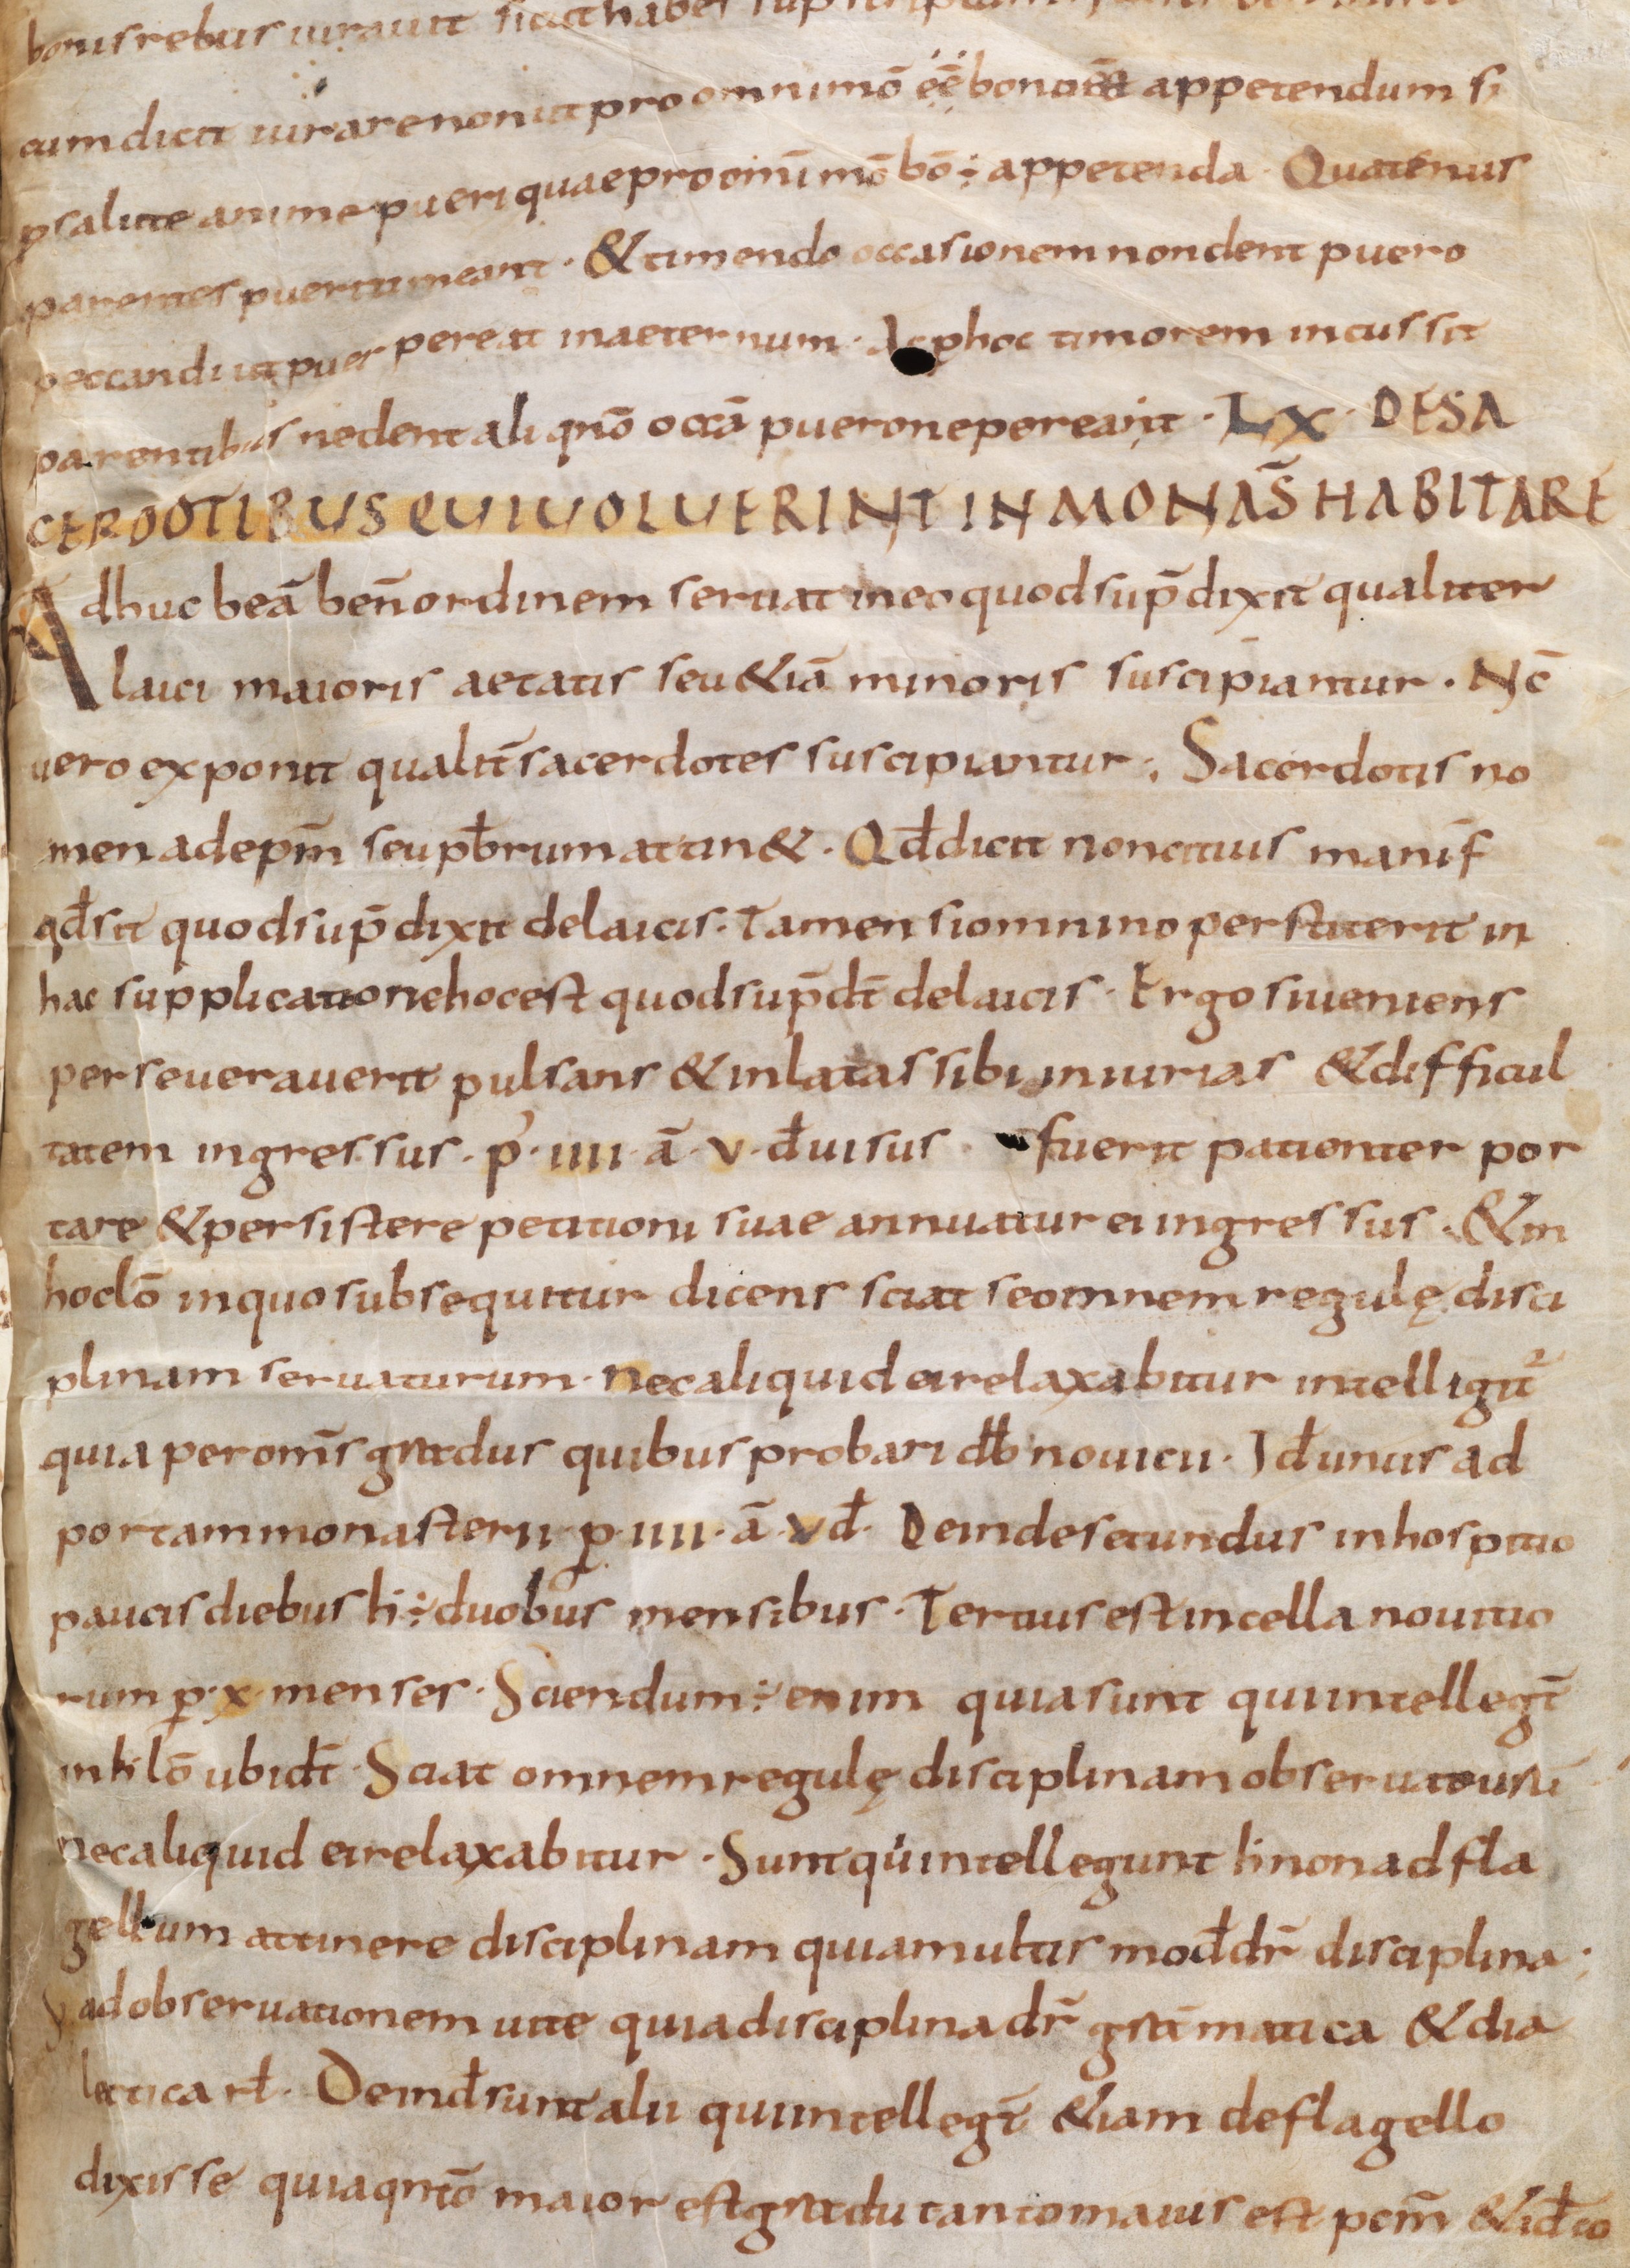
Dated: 800–899